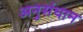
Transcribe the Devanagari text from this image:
अनुसंधान